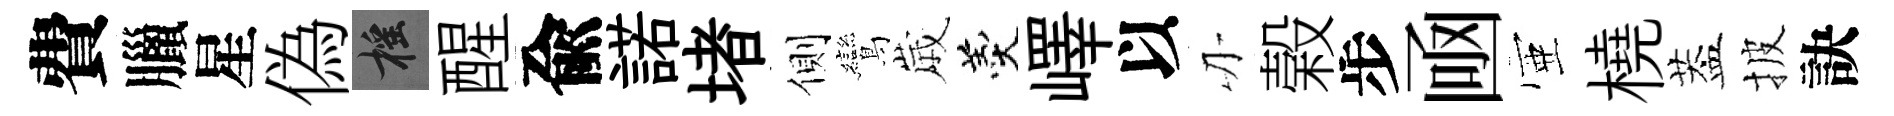
費臘星偽摇醒兪諾堵側鸞𡻕羹嶧以刃榖步凾壺橈葢披訣